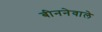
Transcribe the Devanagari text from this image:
बीननेवाले